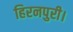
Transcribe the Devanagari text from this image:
हिरनपुरी।